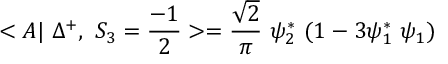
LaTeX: < A | ~ \Delta ^ { + } , ~ S _ { 3 } = \frac { - 1 } { 2 } > = \frac { \sqrt { 2 } } { \pi } ~ \psi _ { 2 } ^ { * } ~ ( 1 - 3 \psi _ { 1 } ^ { * } ~ \psi _ { 1 } )